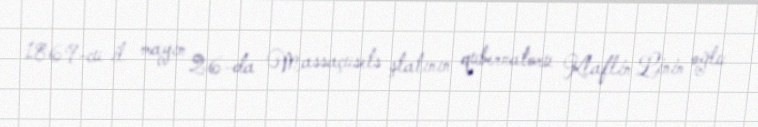
1869-cu il mayın 26-da Massaçusets ştatının qubernatoru Klaflin Linin oğlu